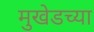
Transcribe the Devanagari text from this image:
मुखेडच्या